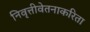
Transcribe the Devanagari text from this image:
निवृत्तीवेतनाकरिता